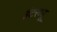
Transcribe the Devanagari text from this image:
इंटरव्‍यू